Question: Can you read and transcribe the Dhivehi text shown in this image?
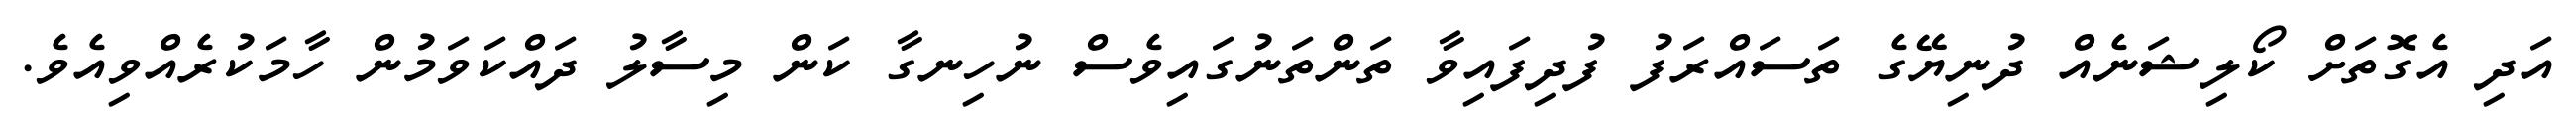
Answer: އަދި އެގޮތަށް ކޯލިޝަނެއް ދުނިޔޭގެ ތަސައްރަފު ފުދިފައިވާ ތަންތަނުގައިވެސް ނުހިނގާ ކަން މިސާލު ދައްކަވަމުން ހާމަކުރެއްވިއެވެ.